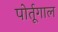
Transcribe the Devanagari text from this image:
पोर्तूगाल